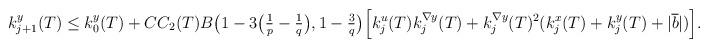
LaTeX: \begin{align*}\begin{aligned}k^{y}_{j+1}(T)&\leq k^{y}_{0}(T)+ C C_{2}(T) B \big(1-3 \big(\tfrac{1}{p}-\tfrac{1}{q} \big),1-\tfrac{3}{q} \big) \Big[k^{u}_{j}(T) k^{\nabla y}_{j}(T) + k^{\nabla y}_{j}(T)^2 (k^{x}_{j}(T)+k^{y}_{j}(T)+ \lvert \overline{b} \rvert ) \Big].\end{aligned}\end{align*}